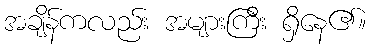
အချိန်ကလည်း အများကြီး ရှိနေ၏။